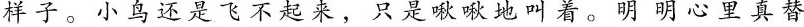
样子。小鸟还是飞不起来，只是啾啾地叫着。明明心里真替